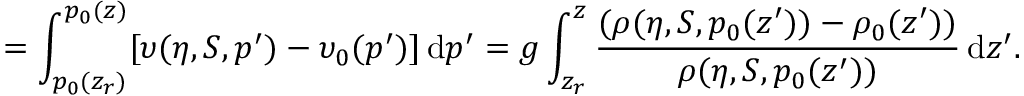
= \int _ { p _ { 0 } ( z _ { r } ) } ^ { p _ { 0 } ( z ) } [ \upsilon ( \eta , S , p ^ { \prime } ) - \upsilon _ { 0 } ( p ^ { \prime } ) ] \, \mathrm { d } p ^ { \prime } = g \int _ { z _ { r } } ^ { z } \frac { ( \rho ( \eta , S , p _ { 0 } ( z ^ { \prime } ) ) - \rho _ { 0 } ( z ^ { \prime } ) ) } { \rho ( \eta , S , p _ { 0 } ( z ^ { \prime } ) ) } \, \mathrm { d } z ^ { \prime } .